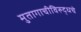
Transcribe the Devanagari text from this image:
मुतागाचीविरुद्धचे